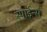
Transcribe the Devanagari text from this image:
स्पाईन्स